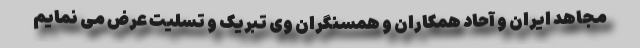
مجاهد ایران و آحاد همکاران و همسنگران وی تبریک و تسلیت عرض می نمایم